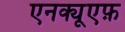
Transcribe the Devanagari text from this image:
एनक्यूएफ़